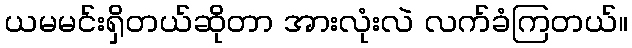
ယမမင်းရှိတယ်ဆိုတာ အားလုံးလဲ လက်ခံကြတယ်။